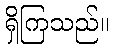
ရှိကြသည်။